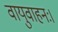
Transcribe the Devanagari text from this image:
वायुवाहनः।